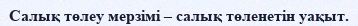
Салық төлеу мерзімі – салық төленетін уақыт.